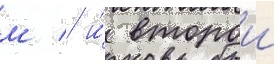
м / и́ второи